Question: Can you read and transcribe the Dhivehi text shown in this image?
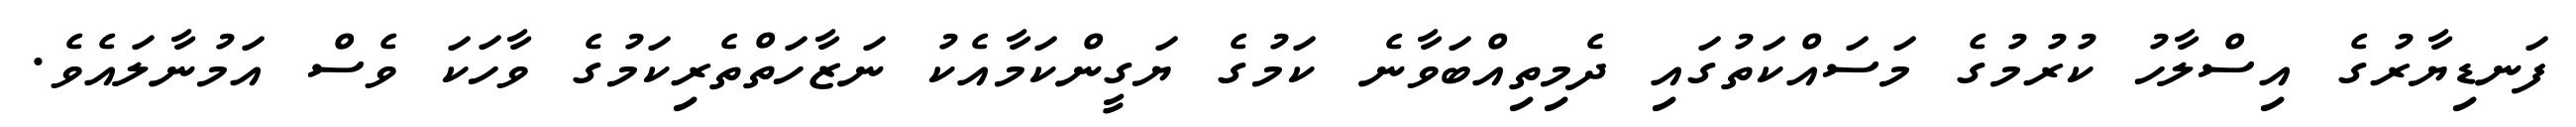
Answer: ފަނޑިޔާރުގެ އިސްލާހު ކުރުމުގެ މަސައްކަތުގައި ދެމިތިއްބަވާނެ ކަމުގެ ޔަގީންކަމާއެކު ނަޒާހަތްތެރިކަމުގެ ވާހަކަ ވެސް އަމުނާލައެވެ.